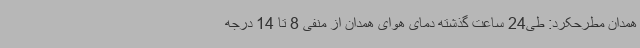
همدان مطرحکرد: طی24 ساعت گذشته دمای هوای همدان از منفی 8 تا 14 درجه